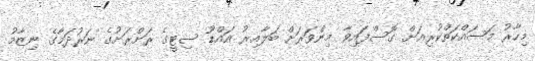
މިހާރު މަސައްކަތްކުރިއަށް ގޮސްފައިވާ މިންވަރަށް ބަލާއިރު އައްޑޫ ސިޓީގެ ރަށްރަށުގެ ނަރުދަމާގެ ނިޒާމު